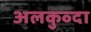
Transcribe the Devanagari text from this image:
अलकुव्दा